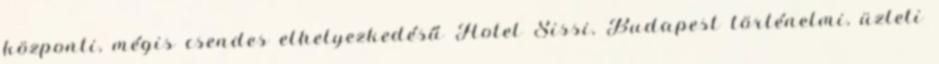
központi, mégis csendes elhelyezkedésű Hotel Sissi, Budapest történelmi, üzleti